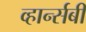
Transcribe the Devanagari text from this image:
व्हार्न्सबी